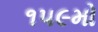
૧૫૯મો